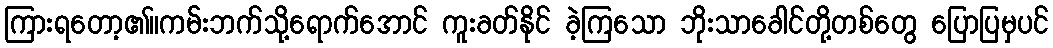
ကြားရတော့၏။ကမ်းဘက်သို့ရောက်အောင် ကူးခတ်နိုင် ခဲ့ကြသော ဘိုးသာခေါင်တို့တစ်တွေ ပြောပြမှပင်